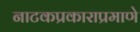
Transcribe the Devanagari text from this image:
नाटकप्रकाराप्रमाणे